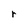
Character: r